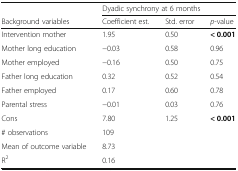
<table><thead><tr><td></td><td colspan="3"><b>Dyadic synchrony at 6 months</b></td></tr><tr><td><b>Background variables</b></td><td><b>Coefficient est.</b></td><td><b>Std. error</b></td><td><b><i>p</i>-value</b></td></tr></thead><tbody><tr><td>Intervention mother</td><td>1.95</td><td>0.50</td><td><b>&lt; 0.001</b></td></tr><tr><td>Mother long education</td><td>−0.03</td><td>0.58</td><td>0.96</td></tr><tr><td>Mother employed</td><td>−0.16</td><td>0.50</td><td>0.75</td></tr><tr><td>Father long education</td><td>0.32</td><td>0.52</td><td>0.54</td></tr><tr><td>Father employed</td><td>0.17</td><td>0.60</td><td>0.78</td></tr><tr><td>Parental stress</td><td>−0.01</td><td>0.03</td><td>0.76</td></tr><tr><td>Cons</td><td>7.80</td><td>1.25</td><td><b>&lt; 0.001</b></td></tr><tr><td># observations</td><td colspan="3">109</td></tr><tr><td>Mean of outcome variable</td><td colspan="3">8.73</td></tr><tr><td>R<sup>2</sup></td><td colspan="3">0.16</td></tr></tbody></table>